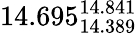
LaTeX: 14.695_{14.389}^{14.841}